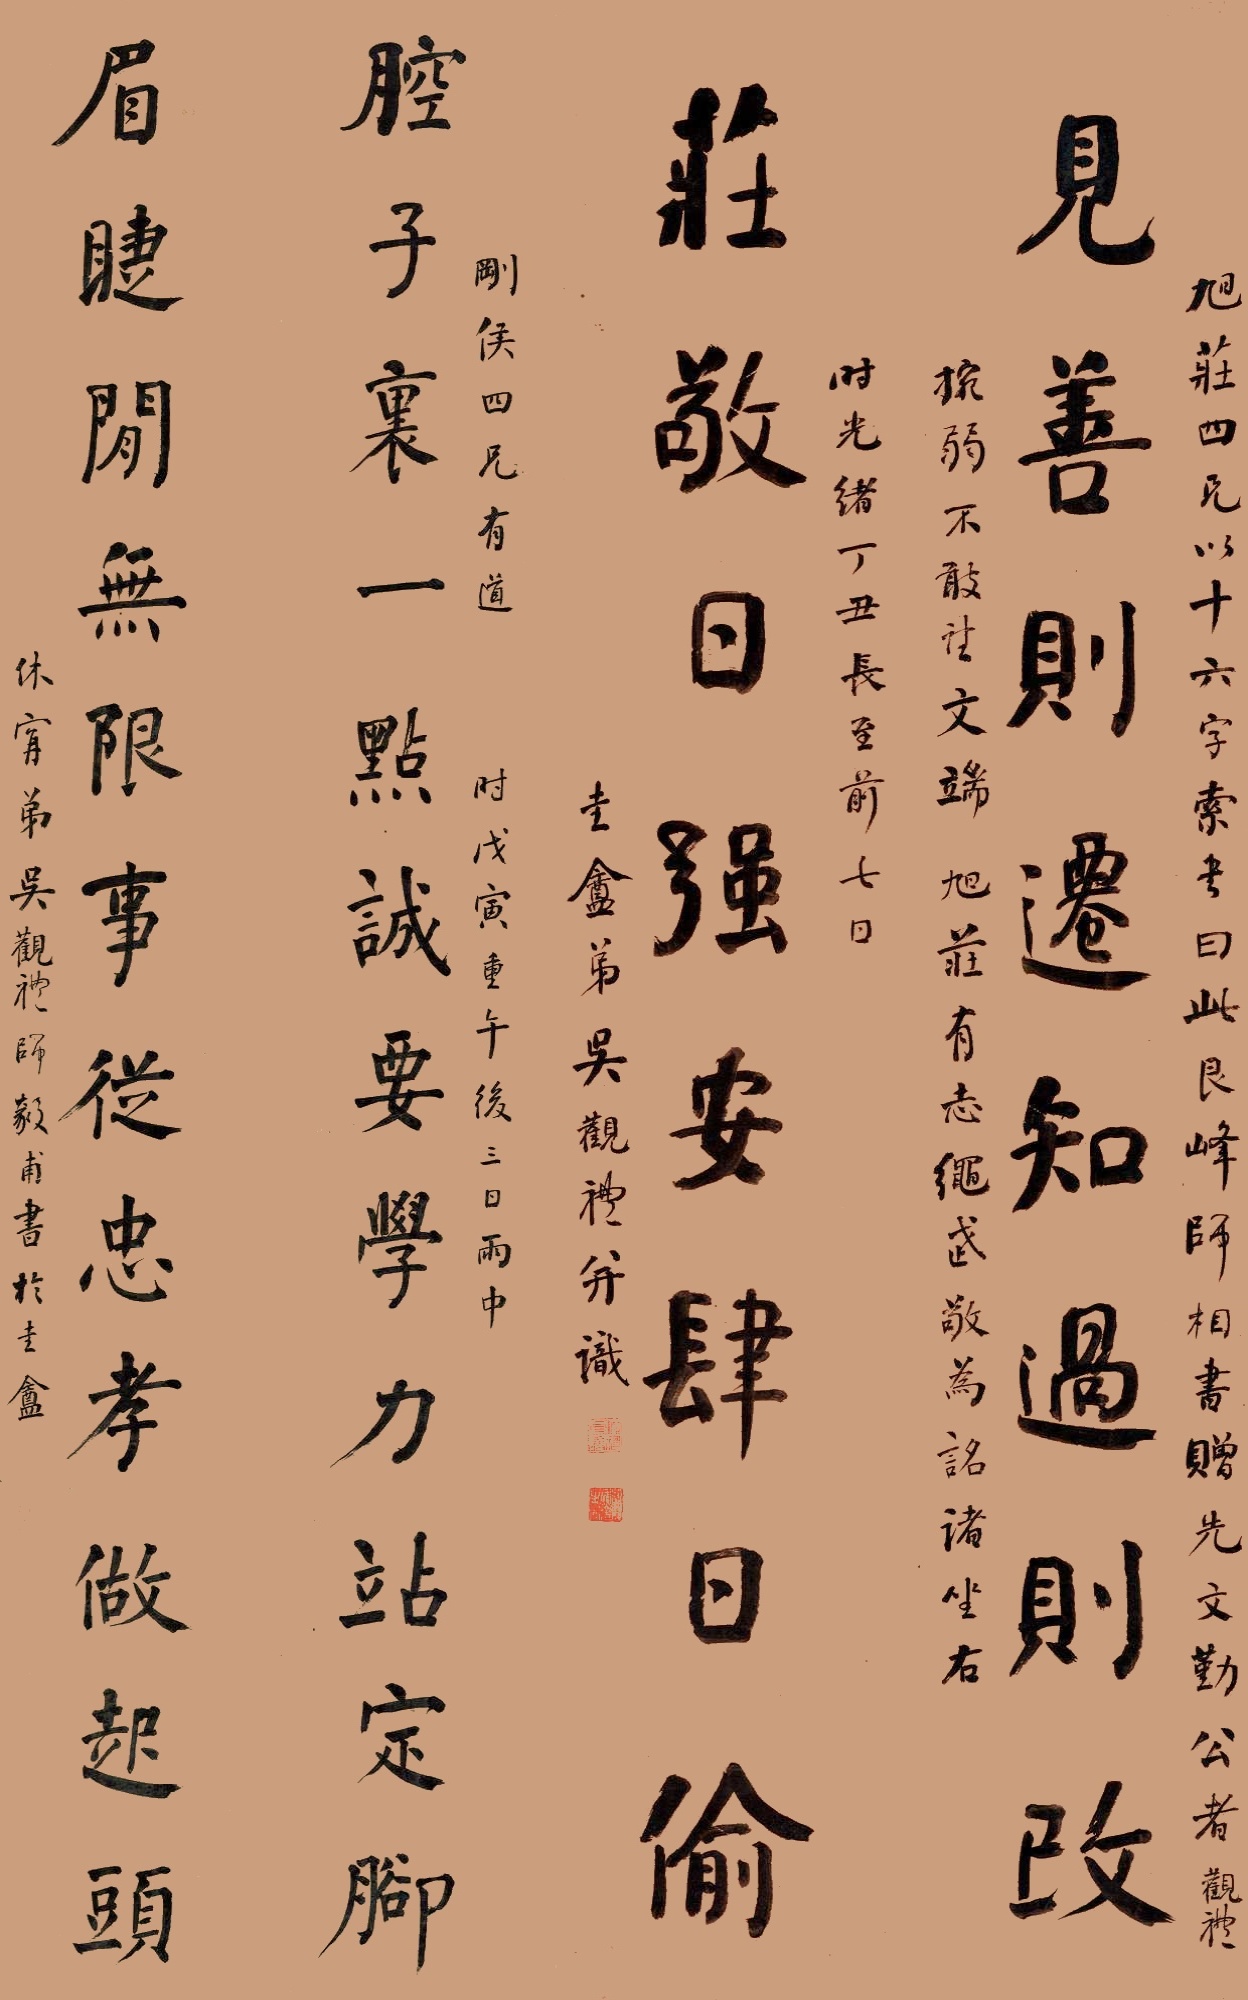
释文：见善则迁知过则改，庄敬日强安肆日偷。腔子里一点诚要学力站定脚，眉睫间无限事从忠孝做起头。旭庄四兄以十六字索书，曰：此艮峰师相书赠先文勤公者。观礼捥弱不敢法，文端、旭庄有志绳武，敬为詺诸坐右。时光绪丁丑（1877年）长至前七日，圭庵弟吴观礼并识。

刚侯四兄有道，时戊寅（1878年）重午后三日雨中。休宁弟吴观礼师毅甫书于圭庵。